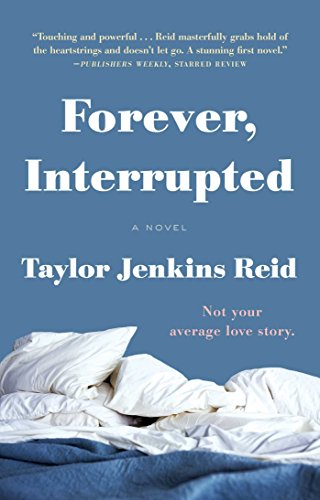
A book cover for Forever, Interrupted: A Novel; Taylor Jenkins Reid; Literature & Fiction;